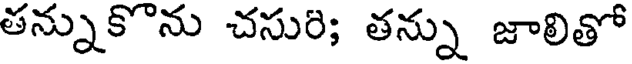
తన్నుకొను చసురి; తన్ను జాలితో